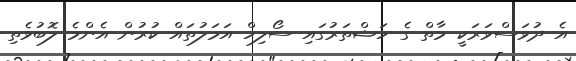
އެ ދުވަސްވަރަކީ މާތް ގެ ހަޟްތަރުގައި ސޯލިހް އަމަލުތައް ކުރުން އެންމެ ލޮބުވެތި